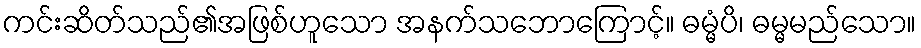
ကင်းဆိတ်သည်၏အဖြစ်ဟူသော အနက်သဘောကြောင့်။ ဓမ္မံပိ၊ ဓမ္မမည်သော။